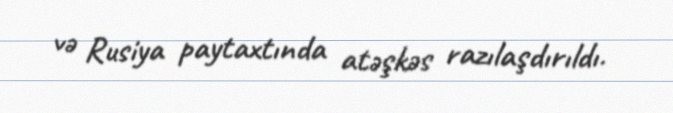
və Rusiya paytaxtında atəşkəs razılaşdırıldı.